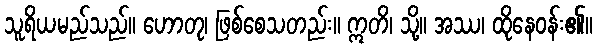
သူရိယမည်သည်။ ဟောတု၊ ဖြစ်စေသတည်း။ ဣတိ၊ သို့။ အဿ၊ ထိုနေဝန်း၏။